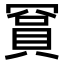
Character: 𬥙